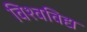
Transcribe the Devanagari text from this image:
विश्वविद्य